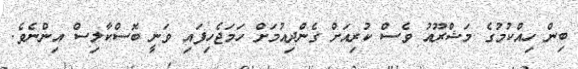
ބިން ހިއްކުމުގެ މަޝްރޫއު ވެސް ކުރިއަށް ގެންދިއުމަށް ހަމަޖެހިފައި ވަނީ ބޮސްކާލިސް އިންނެވެ.